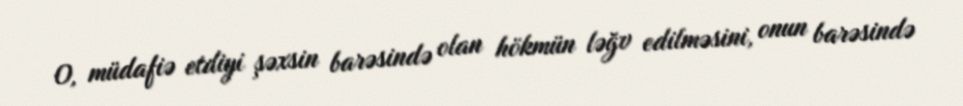
O, müdafiə etdiyi şəxsin barəsində olan hökmün ləğv edilməsini, onun barəsində